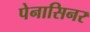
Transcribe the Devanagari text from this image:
पेनासिनर